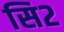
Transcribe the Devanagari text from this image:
सि२